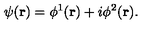
\psi ( { \bf r } ) = \phi ^ { 1 } ( { \bf r } ) + i \phi ^ { 2 } ( { \bf r } ) .